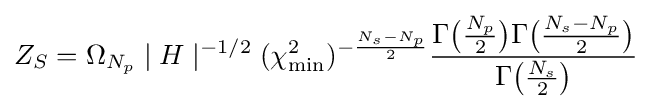
Z_{S}=\Omega _{N_{p}}\mid H\mid ^{-1/2}(\chi _{\text{min}}^{2})^{-{\frac {N_{s}-N_{p}}{2}}}{\frac {\Gamma {\big (}{\frac {N_{p}}{2}}{\big )}\Gamma {\big (}{\frac {N_{s}-N_{p}}{2}}{\big )}}{\Gamma {\big (}{\frac {N_{s}}{2}}{\big )}}}